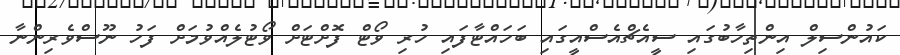
ކައުންސިލް އިންތިހާބުގައި ސީއެޗްއެސްއީގައި ބަހައްޓާފައި ހުރި ވޯޓް ފޮށްޓަށް ވޯޓުލެއްވުމަށް ފަހު ނޫސްވެރިންނާ